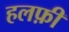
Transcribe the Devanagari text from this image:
हलफ़ी